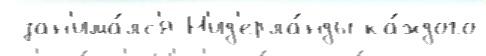
 зан'има́лс'я Н'ид'ерла́нды ка́ждого